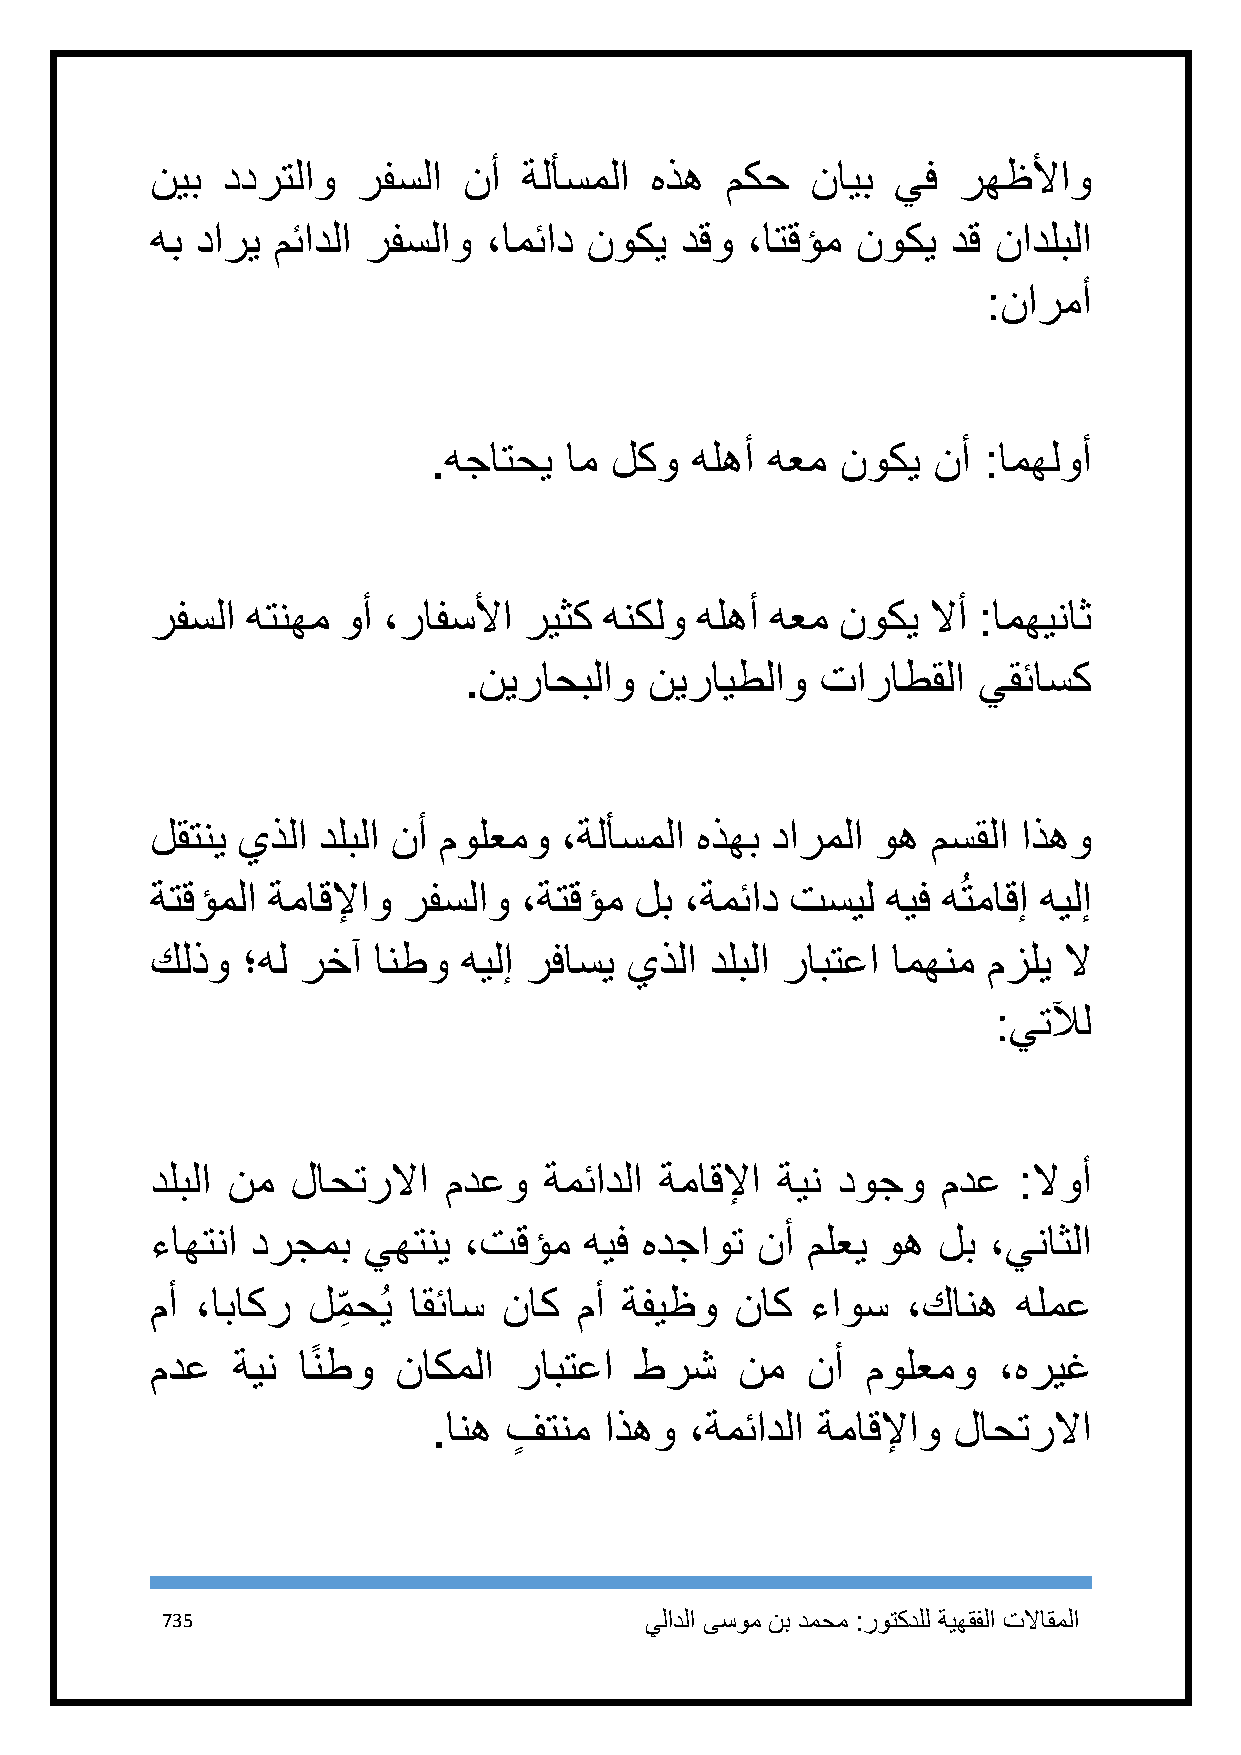
نيب  ددرتلاو  رفسلا  نأ  ةلأسملا هذه  مكح   نايب يف  رهظلأاو
 هب داري مئادلا رفسلاو ،امئاد نوكي  دقو ،اتقؤم  نوكي  دق نادلبلا
 :نارمأ
 .هجاتحي ام لكو   هلهأ هعم  نوكي  نأ :امهلوأ
 رفسلا هتنهم وأ ،رافسلأا  ريثك هنكلو هلهأ هعم  نوكي  لاأ :امهيناث
 .نيراحبلاو  نيرايطلاو  تاراطقلا   يقئاسك
 لقتني يذلا دلبلا نأ مولعمو ،ةلأسملا هذهب دارملا وه  مسقلا اذهو
 ةتقؤملا ةماقلإاو رفسلاو ،ةتقؤم  لب ،ةمئاد تسيل   هيف هُتماقإ هيلإ
 كلذو  ؛هل رخآ  انطو  هيلإ رفاسي يذلا دلبلا رابتعا امهنم مزلي لا
 :يتلآل
 دلبلا نم لاحترلاا  مدعو   ةمئادلا ةماقلإا ةين دوجو  مدع  :لاوأ
 ءاهتنا درجمب  يهتني  ،تقؤم   هيف هدجاوت نأ ملعي وه  لب ،يناثلا
 مأ ،اباكر لم ِ حُي اقئاس ناك مأ ةفيظو  ناك  ءاوس  ،كانه  هلمع
 مدع  ةين  اًنطو ناكملا  رابتعا  طرش    نم  نأ  مولعمو   ،هريغ
 .انه فٍ تنم اذهو ،ةمئادلا ةماقلإاو لاحترلاا
 735                             يلادلا ىسوم نب دمحم :روتكدلل ةيهقفلا تلااقملا